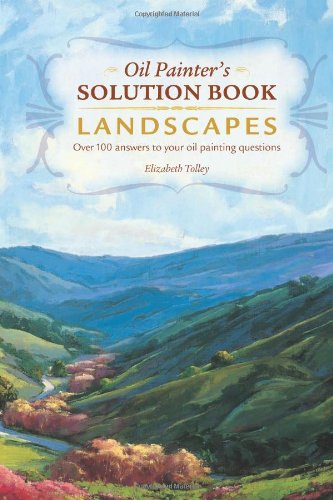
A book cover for Oil Painter's Solution Book - Landscapes: Over 100 Answers to Your Oil Painting Questions; Elizabeth Tolley; Arts & Photography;